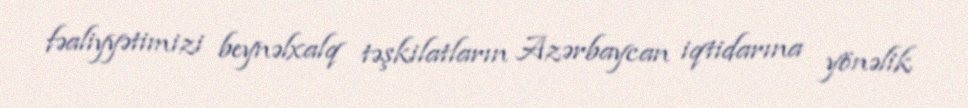
fəaliyyətimizi beynəlxalq təşkilatların Azərbaycan iqtidarına yönəlik